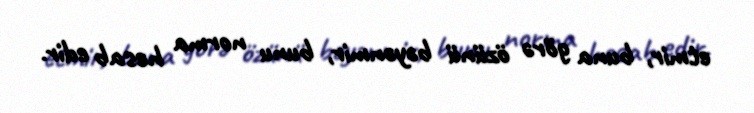
etmir, buna görə özünü bəyənmir, bunu norma hesab edir.